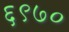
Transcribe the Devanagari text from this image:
६९७०